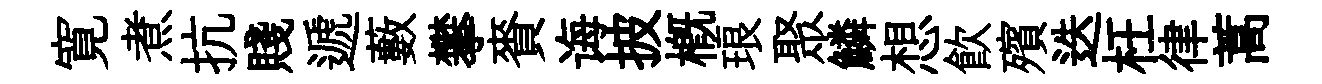
寛煮抗賤遞藪攀賚诲披概琅聚鱗想飲殯迭枉律蒿